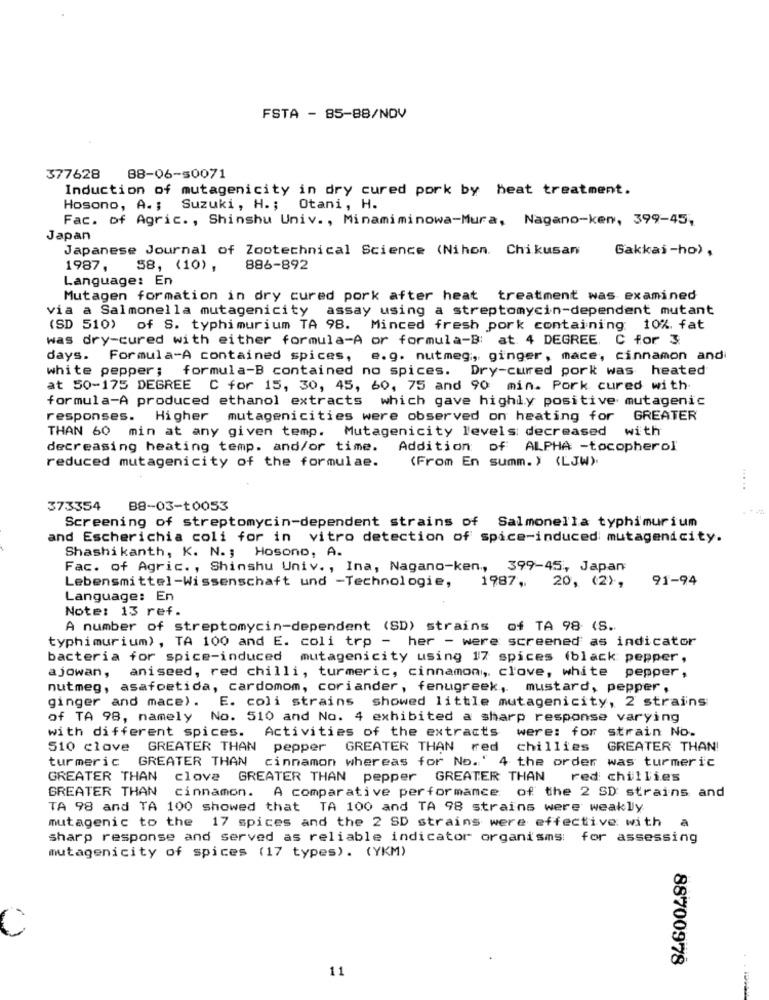
FSTA - 85-88/NOV
377628 88-06-50071
Induction of mutagenicity in dry cured pork by heat treatment.
Hosono, A .; Suzuki, H .; Otani, H.
Fac. of Agric. , Shinshu Univ. , Minamiminowa-Mura, Nagano-ken, 399-45,
Japan
Japanese Journal of Zootechnical Science (Nihon. Chikusan
Gakkai-ho),
1987,
58, (10) ,
886-892
Language: En
Mutagen formation in dry cured pork after heat treatment was examined
via a Salmonella mutagenicity assay using a streptomycin-dependent mutant
(SD 510) of S. typhimurium TA 98. Minced fresh pork containing 10%. fat
was dry-cured with either formula-A or formula-B: at. 4 DEGREE, C for 3.
days. Formula-A contained spices, e.g. nutmeg, ginger, mace, cinnamon and
white pepper; formula-B contained no spices. Dry-cured pork was heated
at 50-175 DEGREE C for 15, 30, 45, 60, 75 and 90 min. Pork cured with
formula-A produced ethanol extracts which gave highly positive mutagenic
responses. Higher mutagenicities were observed on heating for GREATER
THAN 60 min at any given temp. Mutagenicity levels decreased with
decreasing heating temp. and/or time. Addition of ALPHA -tocopherol
(From En summ. ) (LJW).
reduced mutagenicity of the formulae.
... ..
373354
B8-03-t0053
Screening of streptomycin-dependent strains of Salmonella typhimurium
and Escherichia coli for in vitro detection of spice-induced mutagenicity.
Shashikanth, K. N .; Hosono, A.
Fac. of Agric. , Shinshu Univ ., Ina, Nagano-ken, 399-45, Japan
Lebensmittel-Wissenschaft und -Technologie,
91-94
1987, 20, (2),
Language: En
Note: 13 ref.
A number of streptomycin-dependent (SD) strains of TA 98 (S.
typhimurium) , TA 100 and E. coli trp - her - were screened as indicator
bacteria for spice-induced mutagenicity using 17 spices (black pepper,
ajowan, aniseed, red chilli, turmeric, cinnamon, clove, white pepper,
nutmeg, asafoetida, cardomom, coriander, fenugreek, mustard, pepper,
ginger and mace). E. coli strains showed little mutagenicity, 2 strains
of TA 98, namely No. 510 and No. 4 exhibited a sharp response varying
with different spices. Activities of the extracts were: for strain No.
510 clave GREATER THAN pepper GREATER THAN red chillies
GREATER THAN!
turmeric GREATER THAN cinnamon whereas for No." 4 the order was turmeric
GREATER THAN clove GREATER THAN pepper GREATER THAN
red chillies
GREATER THAN cinnamon. A comparative performance of the 2 SD strains and
TA 98 and TA 100 showed that TA 100 and TA 98 strains were weakly
mutagenic to the 17 spices and the 2 SD strains were effective with
a
sharp response and served as reliable indicator organisms for assessing
mutagenicity of spices (17 types). (YKM)
C
88700978
11